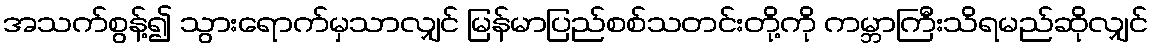
အသက်စွန့်၍ သွားရောက်မှသာလျှင် မြန်မာပြည်စစ်သတင်းတို့ကို ကမ္ဘာကြီးသိရမည်ဆိုလျှင်